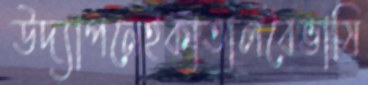
উদ্যাপনেইকাতালবৈভাষি